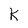
Character: k